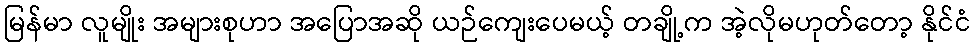
မြန်မာ လူမျိုး အများစုဟာ အပြောအဆို ယဉ်ကျေးပေမယ့် တချို့က အဲ့လိုမဟုတ်တော့ နိုင်ငံ